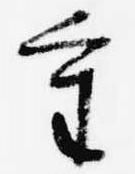
重